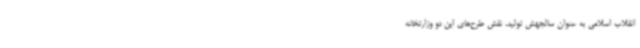
انقلاب اسلامی به عنوان سالجهش تولید، نقش طرح‌های این دو وزارتخانه